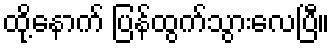
ထို့နောက် ပြန်ထွက်သွားလေပြီ။